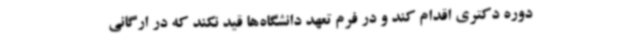
دوره دکتری اقدام کند و در فرم تعهد دانشگاه‌ها قید نکند که در ارگانی